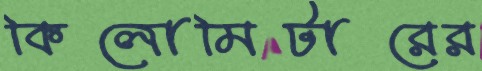
কিলোমিটারের